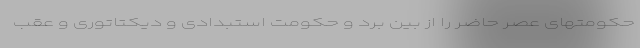
حکومتهای عصر حاضر را از بین برد و حکومت استبدادی و دیکتاتوری و عقب